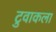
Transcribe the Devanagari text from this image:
टुवाकला